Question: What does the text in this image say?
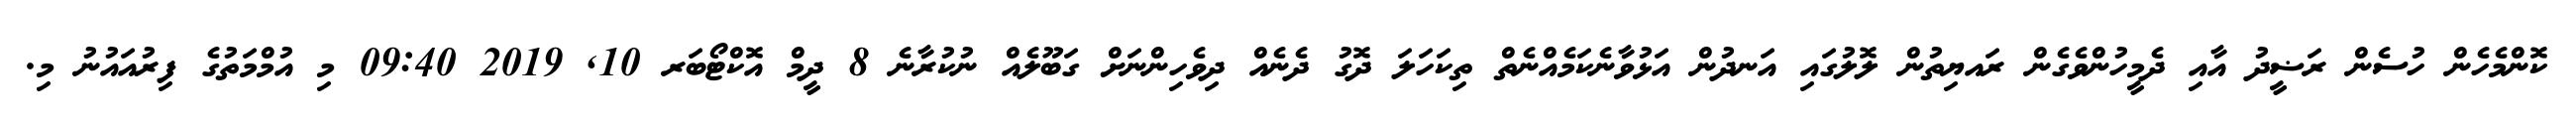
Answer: ކޮންމެހެން ހުސެން ރަޟީދު އާއި ދެމީހުންވެގެން ރައޔިތުން ލޮލުގައި އަނދުން އަޅުވާނެކަމެއްނެތް ތިކަހަލަ ދޮގު ދެނެއް ދިވެހިންނަށް ގަބޫލެއް ނުކުރާނެ 8 ދީމް އޮކްޓޯބަރ 10, 2019 09:40 މި އުމްމަތުގެ ފިރުއައުނު މި.